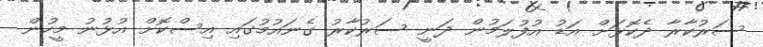
ސަރުކާރާ ދެކޮޅަށް އަޑު އުފުލަމުން ދަނީ ސަރުކާރު ގެނައުމުގައި އިސްކޮށް އުޅުނު މީހުން